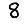
Digit: 8